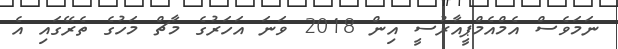
ނަމަވެސް އެމްއެމްޕީއާރުސީ އިން 2018 ވަނަ އަހަރުގެ މާޗް މަހުގެ ތެރޭގައި އެ